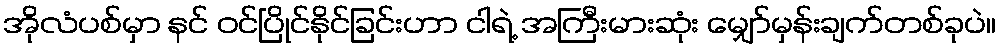
အိုလံပစ်မှာ နင် ဝင်ပြိုင်နိုင်ခြင်းဟာ ငါရဲ့ အကြီးမားဆုံး မျှော်မှန်းချက်တစ်ခုပဲ။